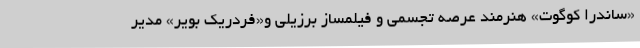
«ساندرا کوگوت» هنرمند عرصه تجسمی و فیلمساز برزیلی و«فردریک بویر» مدیر